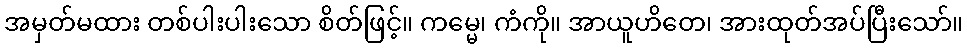
အမှတ်မထား တစ်ပါးပါးသော စိတ်ဖြင့်။ ကမ္မေ၊ ကံကို။ အာယူဟိတေ၊ အားထုတ်အပ်ပြီးသော်။